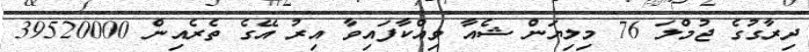
ދިރާގުގެ ޖުމްލަ 76 މިލިޔަން ޝެއާ ވިއްކާފައިވާ އިރު އޭގެ ތެރެއިން 39520000